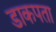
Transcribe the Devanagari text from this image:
डाकपता